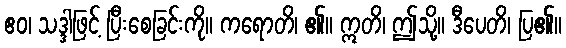
ဧဝ၊ သဒ္ဒါဖြင့် ပြီးစေခြင်းကို။ ကရောတိ၊ ၏။ ဣတိ၊ ဤသို့။ ဒီပေတိ၊ ပြ၏။